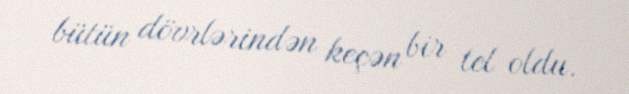
bütün dövrlərindən keçən bir tel oldu.